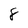
Character: 8